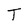
Character: T